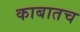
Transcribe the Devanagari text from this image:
काबातच